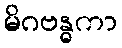
မိဂဗန္ဓကာ